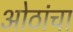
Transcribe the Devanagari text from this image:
ओठांचा